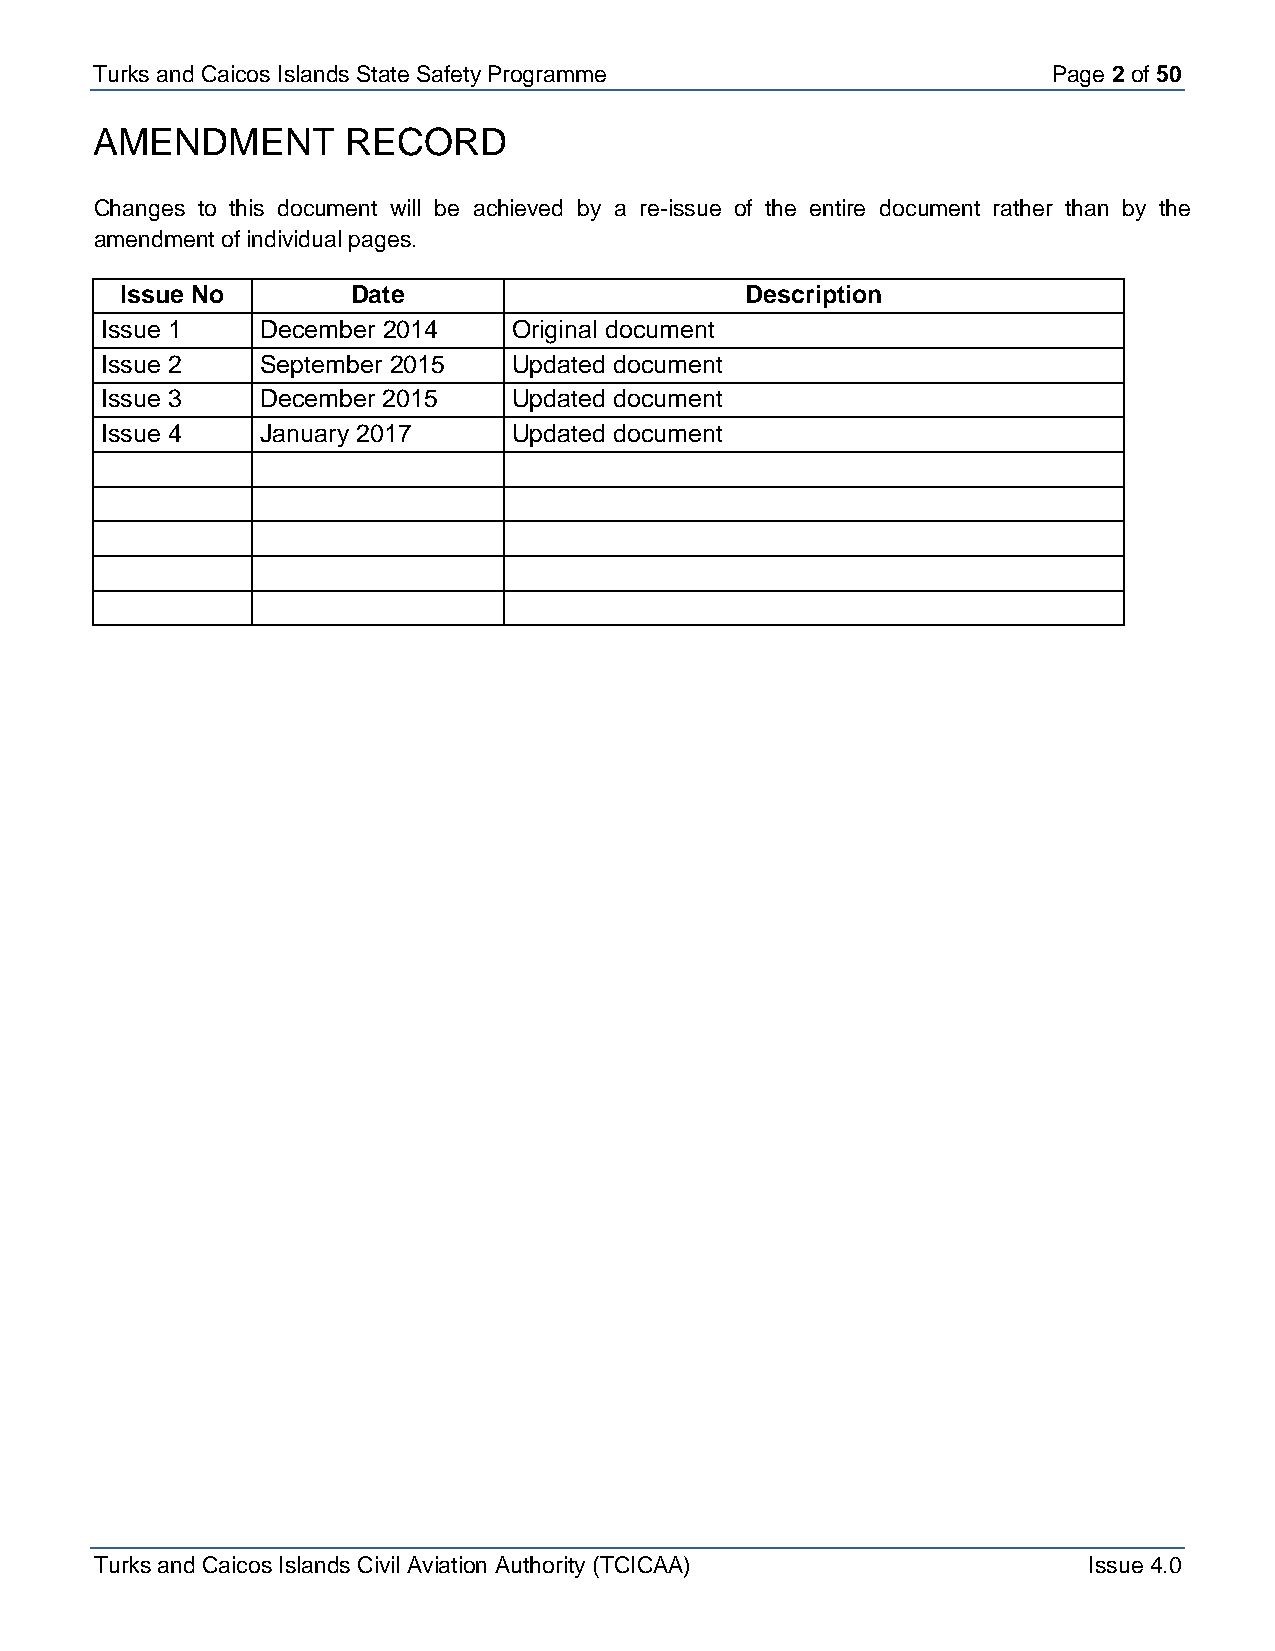
Turks and Caicos Isla nds State Safety Programme                Page 2 of 50
 AMENDMENT        RECORD
 Changes to this document will be achieved by a re-issue of the entire document rather than by the
 amendment of individual pages.
 Issue No       Date                      Description
 Issue 1   December 2014    Original document
 Issue 2   September 2015   Updated document
 Issue 3   December 2015    Updated document
 Issue 4   J anuary 2017    Updated document
 Turks and Caicos Islands Civil Aviation Authority (TCICAA)        Issue 4.0